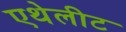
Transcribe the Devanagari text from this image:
एथेलीट